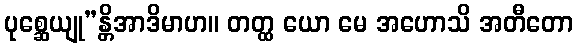
ပုစ္ဆေယျု”န္တိအာဒိမာဟ။ တတ္ထ ယော မေ အဟောသိ အတီတော